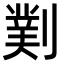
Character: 𫦖